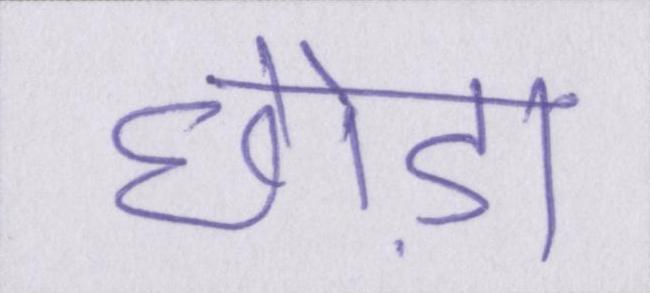
छोड़ा